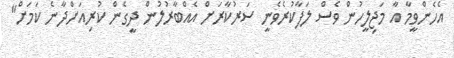
އެހެންވީމާ އާ މަޖިލީހުން ވެސް ލަފާކުރެވެނީ ސަރުކާރަށް އެއްބާރުލުން ދީގެން ކުރިއަށްދާނެ ކަމަށް"